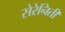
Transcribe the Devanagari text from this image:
सेरेनिती